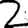
Digit: 2